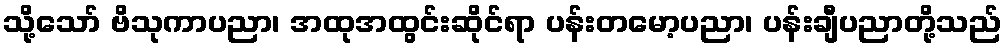
သို့သော် ဗိသုကာပညာ၊ အထုအထွင်းဆိုင်ရာ ပန်းတမော့ပညာ၊ ပန်းချီပညာတို့သည်